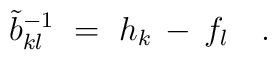
\tilde{b}_{kl}^{-1}~=~h_k \, - \, f_l~~~.